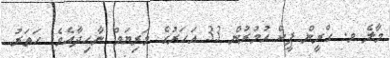
މާލެ މ. ގްރީން ޕީކް އުމުރުން 33 އަހަރުގެ މަރިޔަމް ނާހިދާއެވެ. ހަތަރު